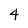
Character: 4